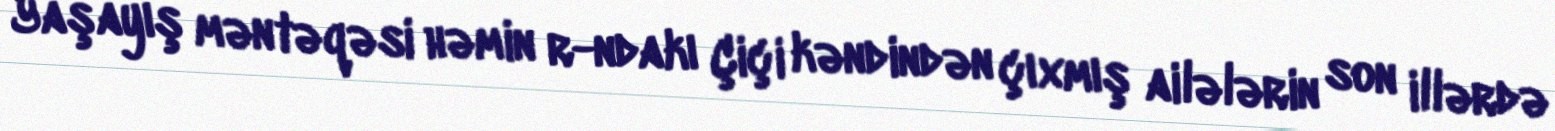
Yaşayış məntəqəsi həmin r-ndakı Çiçi kəndindən çıxmış ailələrin son illərdə